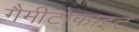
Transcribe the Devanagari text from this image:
गैमीटोफाइट